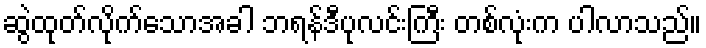
ဆွဲထုတ်လိုက်သောအခါ ဘရန်ဒီပုလင်းကြီး တစ်လုံးက ပါလာသည်။